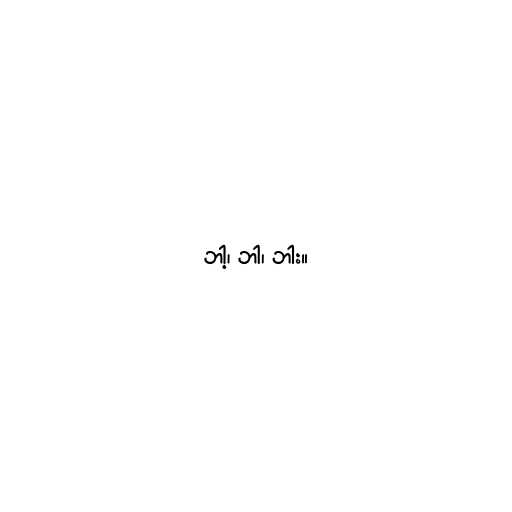
ဘါ့၊ ဘါ၊ ဘါး။